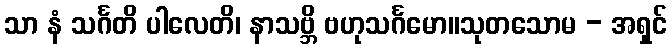
သာ နံ သင်္ဂတိ ပါလေတိ၊ နာသဗ္ဘိ ဗဟုသင်္ဂမော။သုတသောမ - အရှင်